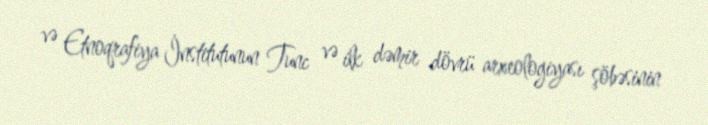
və Etnoqrafiya İnstitutunun Tunc və ilk dəmir dövrü arxeologiyası şöbəsinin